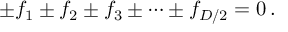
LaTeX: \pm f _ { 1 } \pm f _ { 2 } \pm f _ { 3 } \pm \cdots \pm f _ { D / 2 } = 0 \, .